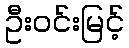
ဦးဝင်းမြင့်